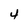
Character: 4